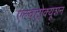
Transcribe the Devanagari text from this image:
एल्क्ट्रोक्यूशन